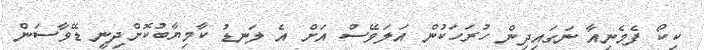
ކިކޯ ފެމެނިއާ ނަގައިދިން ހުރަހަކުން އަލަވޭސް އަށް އެ ލަނޑު ކާމިޔާބުކޮށްދިނީ ޑޭވާސަން